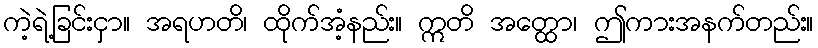
ကဲ့ရဲ့ခြင်းငှာ။ အရဟတိ၊ ထိုက်အံ့နည်း။ ဣတိ အတ္ထော၊ ဤကားအနက်တည်း။